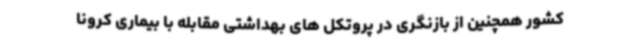
کشور همچنین از بازنگری در پروتکل های بهداشتی مقابله با بیماری کرونا